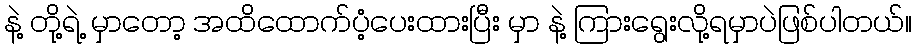
နဲ့ တို့ရဲ့ မှာတော့ အထိထောက်ပံ့ပေးထားပြီး မှာ နဲ့ ကြားရွေးလို့ရမှာပဲဖြစ်ပါတယ်။